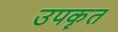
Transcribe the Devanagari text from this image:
उपकॄत